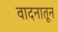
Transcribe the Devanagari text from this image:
वादनातून